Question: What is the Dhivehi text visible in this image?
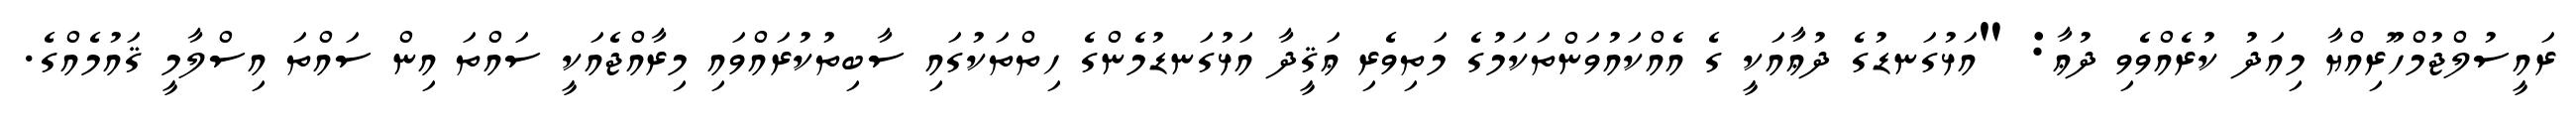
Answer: ރައީސުލްޖުމްހޫރިއްޔާ މިއަދު ކުރެއްވެވި ދުޢާ: "އަޅުގަނޑުގެ ދުޢާއަކީ ގެ އެއްކައުވަންތަކަމުގެ މަތިވެރި ޢަޤީދާ އަޅުގަނޑުމެންގެ ހިތްތަކުގައި ސާބިތުކުރައްވައި މިރާއްޖެއަކީ ސައްތަ އިން ސައްތަ އިސްލާމީ ޤައުމެއްގެ.